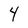
Character: 4